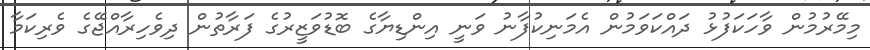
މިމޭރުމުން ވާހަކަފުޅު ދައްކަވަމުން އެމަނިކުފާނު ވަނީ އިންޑިޔާގެ ބޮޑުވަޒީރުގެ ފަރާތުން ދިވެހިރާއްޖޭގެ ވެރިކަމާ